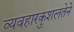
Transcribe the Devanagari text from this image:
व्यवहारकुशलतेने